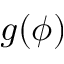
g ( \phi )